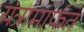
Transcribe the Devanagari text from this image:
यंत्रामार्फत